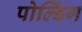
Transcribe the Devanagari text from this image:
पोल्डिंग